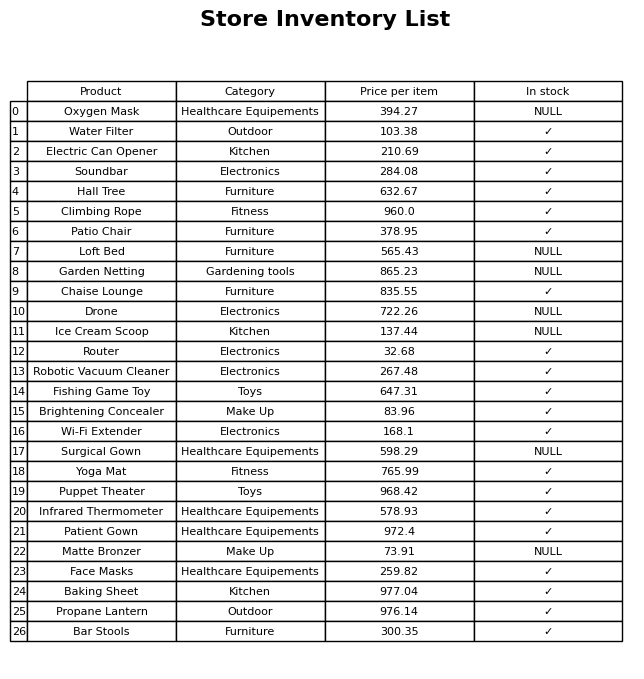
question: What is the price for Garden Netting?
answer: The price of Garden Netting is 865.23.